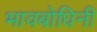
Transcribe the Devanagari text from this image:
भावबोधिनी